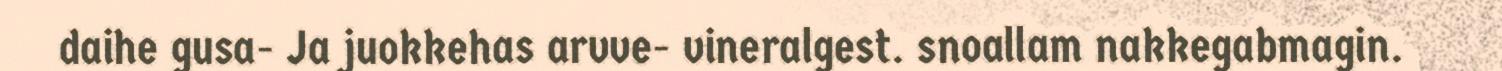
daihe gusa- Ja juokkehas arvve- vineralgest. snoallam nakkegabmagin.